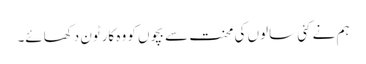
ہم نے کئی سالوں کی محنت سے بچوں کو وہ کارٹون دکھائے۔